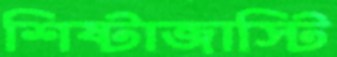
শিষ্টাজাস্টি